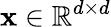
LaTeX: \mathbf{x}\in\mathbb{R}^{d\times d}